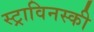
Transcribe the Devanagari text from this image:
स्ट्राविनस्की